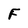
Character: F